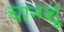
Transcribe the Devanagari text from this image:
चान्ग्शू